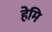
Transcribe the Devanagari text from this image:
हेमि